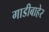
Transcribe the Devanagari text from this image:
गाडीबाहेर